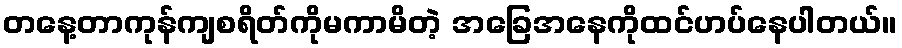
တနေ့တာကုန်ကျစရိတ်ကိုမကာမိတဲ့ အခြေအနေကိုထင်ဟပ်နေပါတယ်။